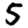
Digit: 5